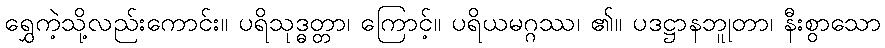
ရွှေကဲ့သို့လည်းကောင်း။ ပရိသုဒ္ဓတ္တာ၊ ကြောင့်။ ပရိယမဂ္ဂဿ၊ ၏။ ပဒဋ္ဌာနဘူုတာ၊ နီးစွာသော